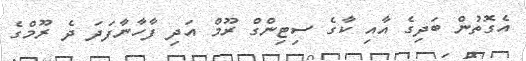
އެގޮތުން ބަދިގެ އާއި ކާގެ ސިޓިންގް ރޫމް އަދި ފާހާނާފަދަ ދެ ރޫމްގެ